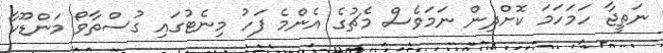
ނަތީޖާ ހަމަހަމަ ކޮށްދިން ނަމަވެސް މެޗުގެ އެންމެ ފަހު މިނެޓުގައި ގުސްތާވޯ މަންޑޫކާ